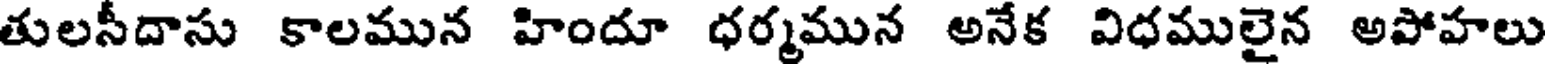
తులసీదాసు కాలమున హిందూ ధర్మమున అనేక విధములైన అపోహలు